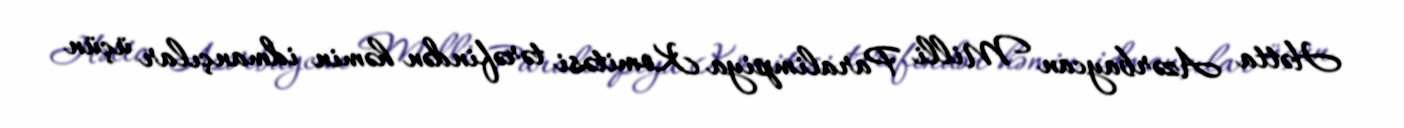
Hətta Azərbaycan Milli Paralimpiya Komitəsi tərəfindən həmin idmançılar üçün